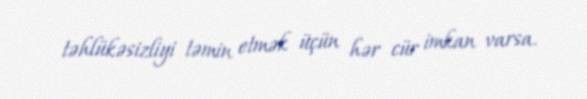
təhlükəsizliyi təmin etmək üçün hər cür imkan varsa.